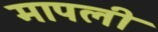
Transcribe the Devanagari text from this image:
मापली